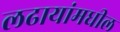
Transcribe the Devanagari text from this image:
लढायांमधील